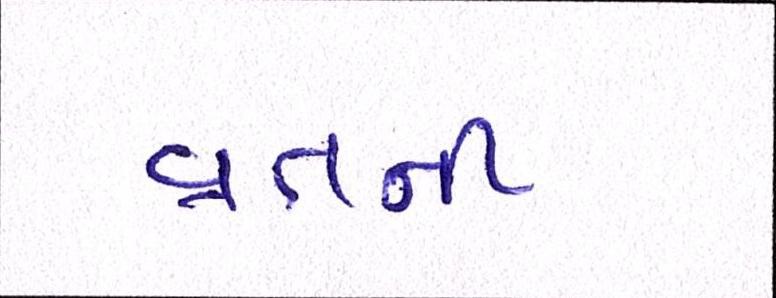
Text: વ્રતની